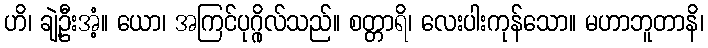
ဟိ၊ ချဲ့ဦးအံ့။ ယော၊ အကြင်ပုဂ္ဂိုလ်သည်။ စတ္တာရိ၊ လေးပါးကုန်သော။ မဟာဘူတာနိ၊